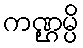
ကဏ္ဌမ္ပိ